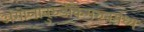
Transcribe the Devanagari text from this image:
अंगोलाबुरुंडीकैमरुनमध्य